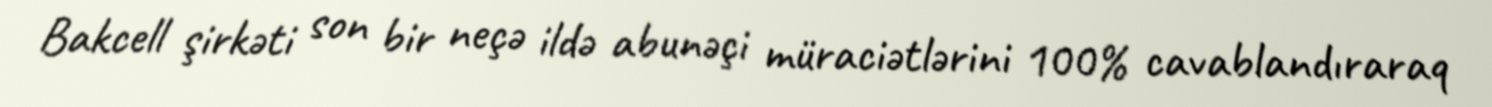
Bakcell şirkəti son bir neçə ildə abunəçi müraciətlərini 100% cavablandıraraq